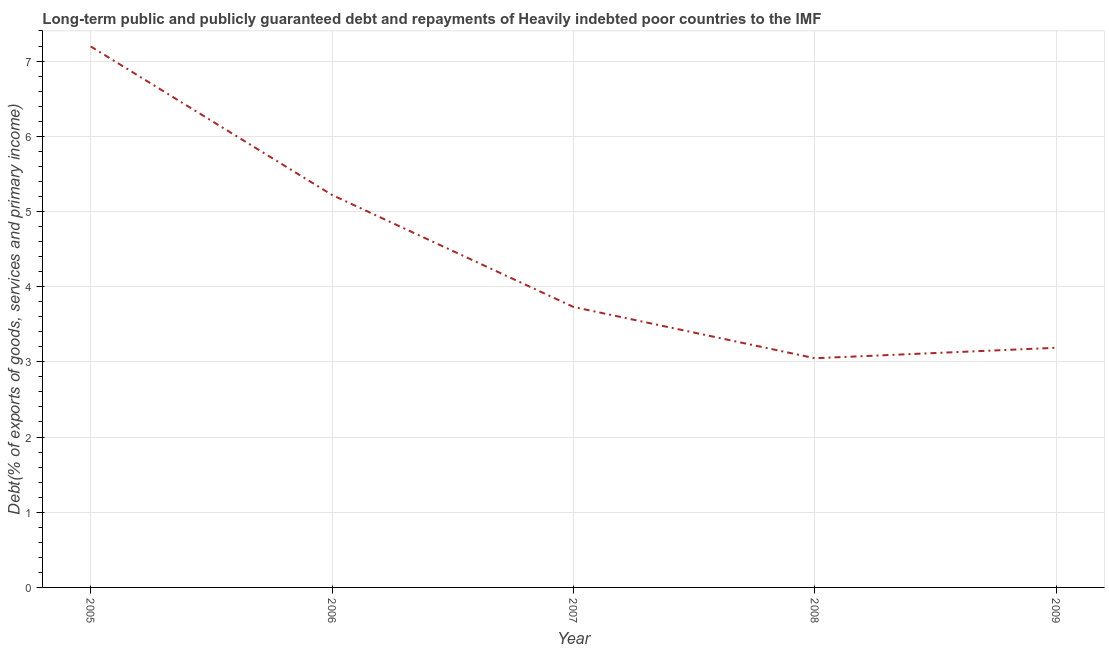
| Year | Debt service (PPG and IMF only) |
 | --- | --- |
 | 2005 | 7.19 |
 | 2006 | 5.22 |
 | 2007 | 3.73 |
 | 2008 | 3.05 |
 | 2009 | 3.19 |